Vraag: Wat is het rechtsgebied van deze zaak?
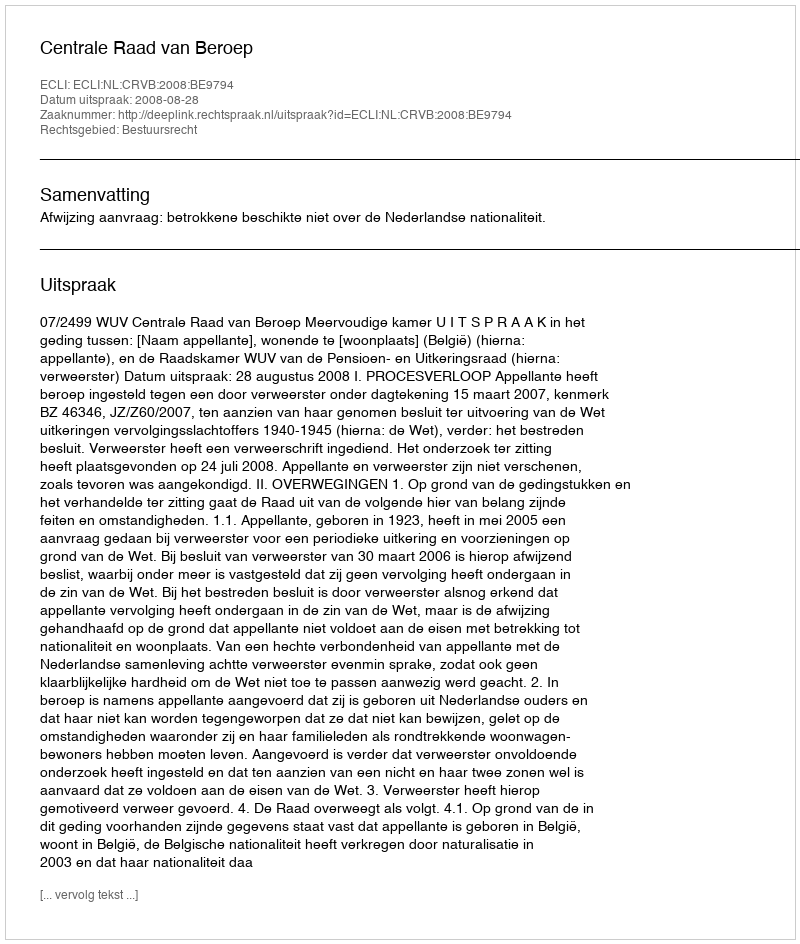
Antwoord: Bestuursrecht